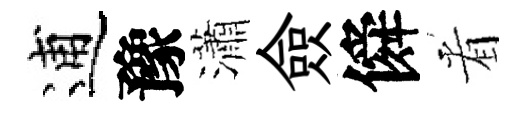
逋豫瀟僉僢㸔